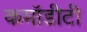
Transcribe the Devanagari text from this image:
कमॉडीटी